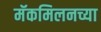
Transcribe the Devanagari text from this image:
मॅकमिलनच्या